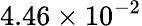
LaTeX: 4.46\times 10^{-2}